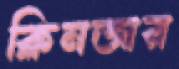
ক্লিনজার